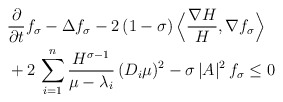
\begin{align*}&\frac{\partial}{\partial t} f_\sigma - \Delta f_\sigma - 2 \, (1-\sigma) \, \Big \langle \frac{\nabla H}{H},\nabla f_\sigma \Big \rangle \\&+ 2 \, \sum_{i=1}^n \frac{H^{\sigma-1}}{\mu-\lambda_i} \, (D_i \mu)^2 - \sigma \, |A|^2 \, f_\sigma \leq 0\end{align*}